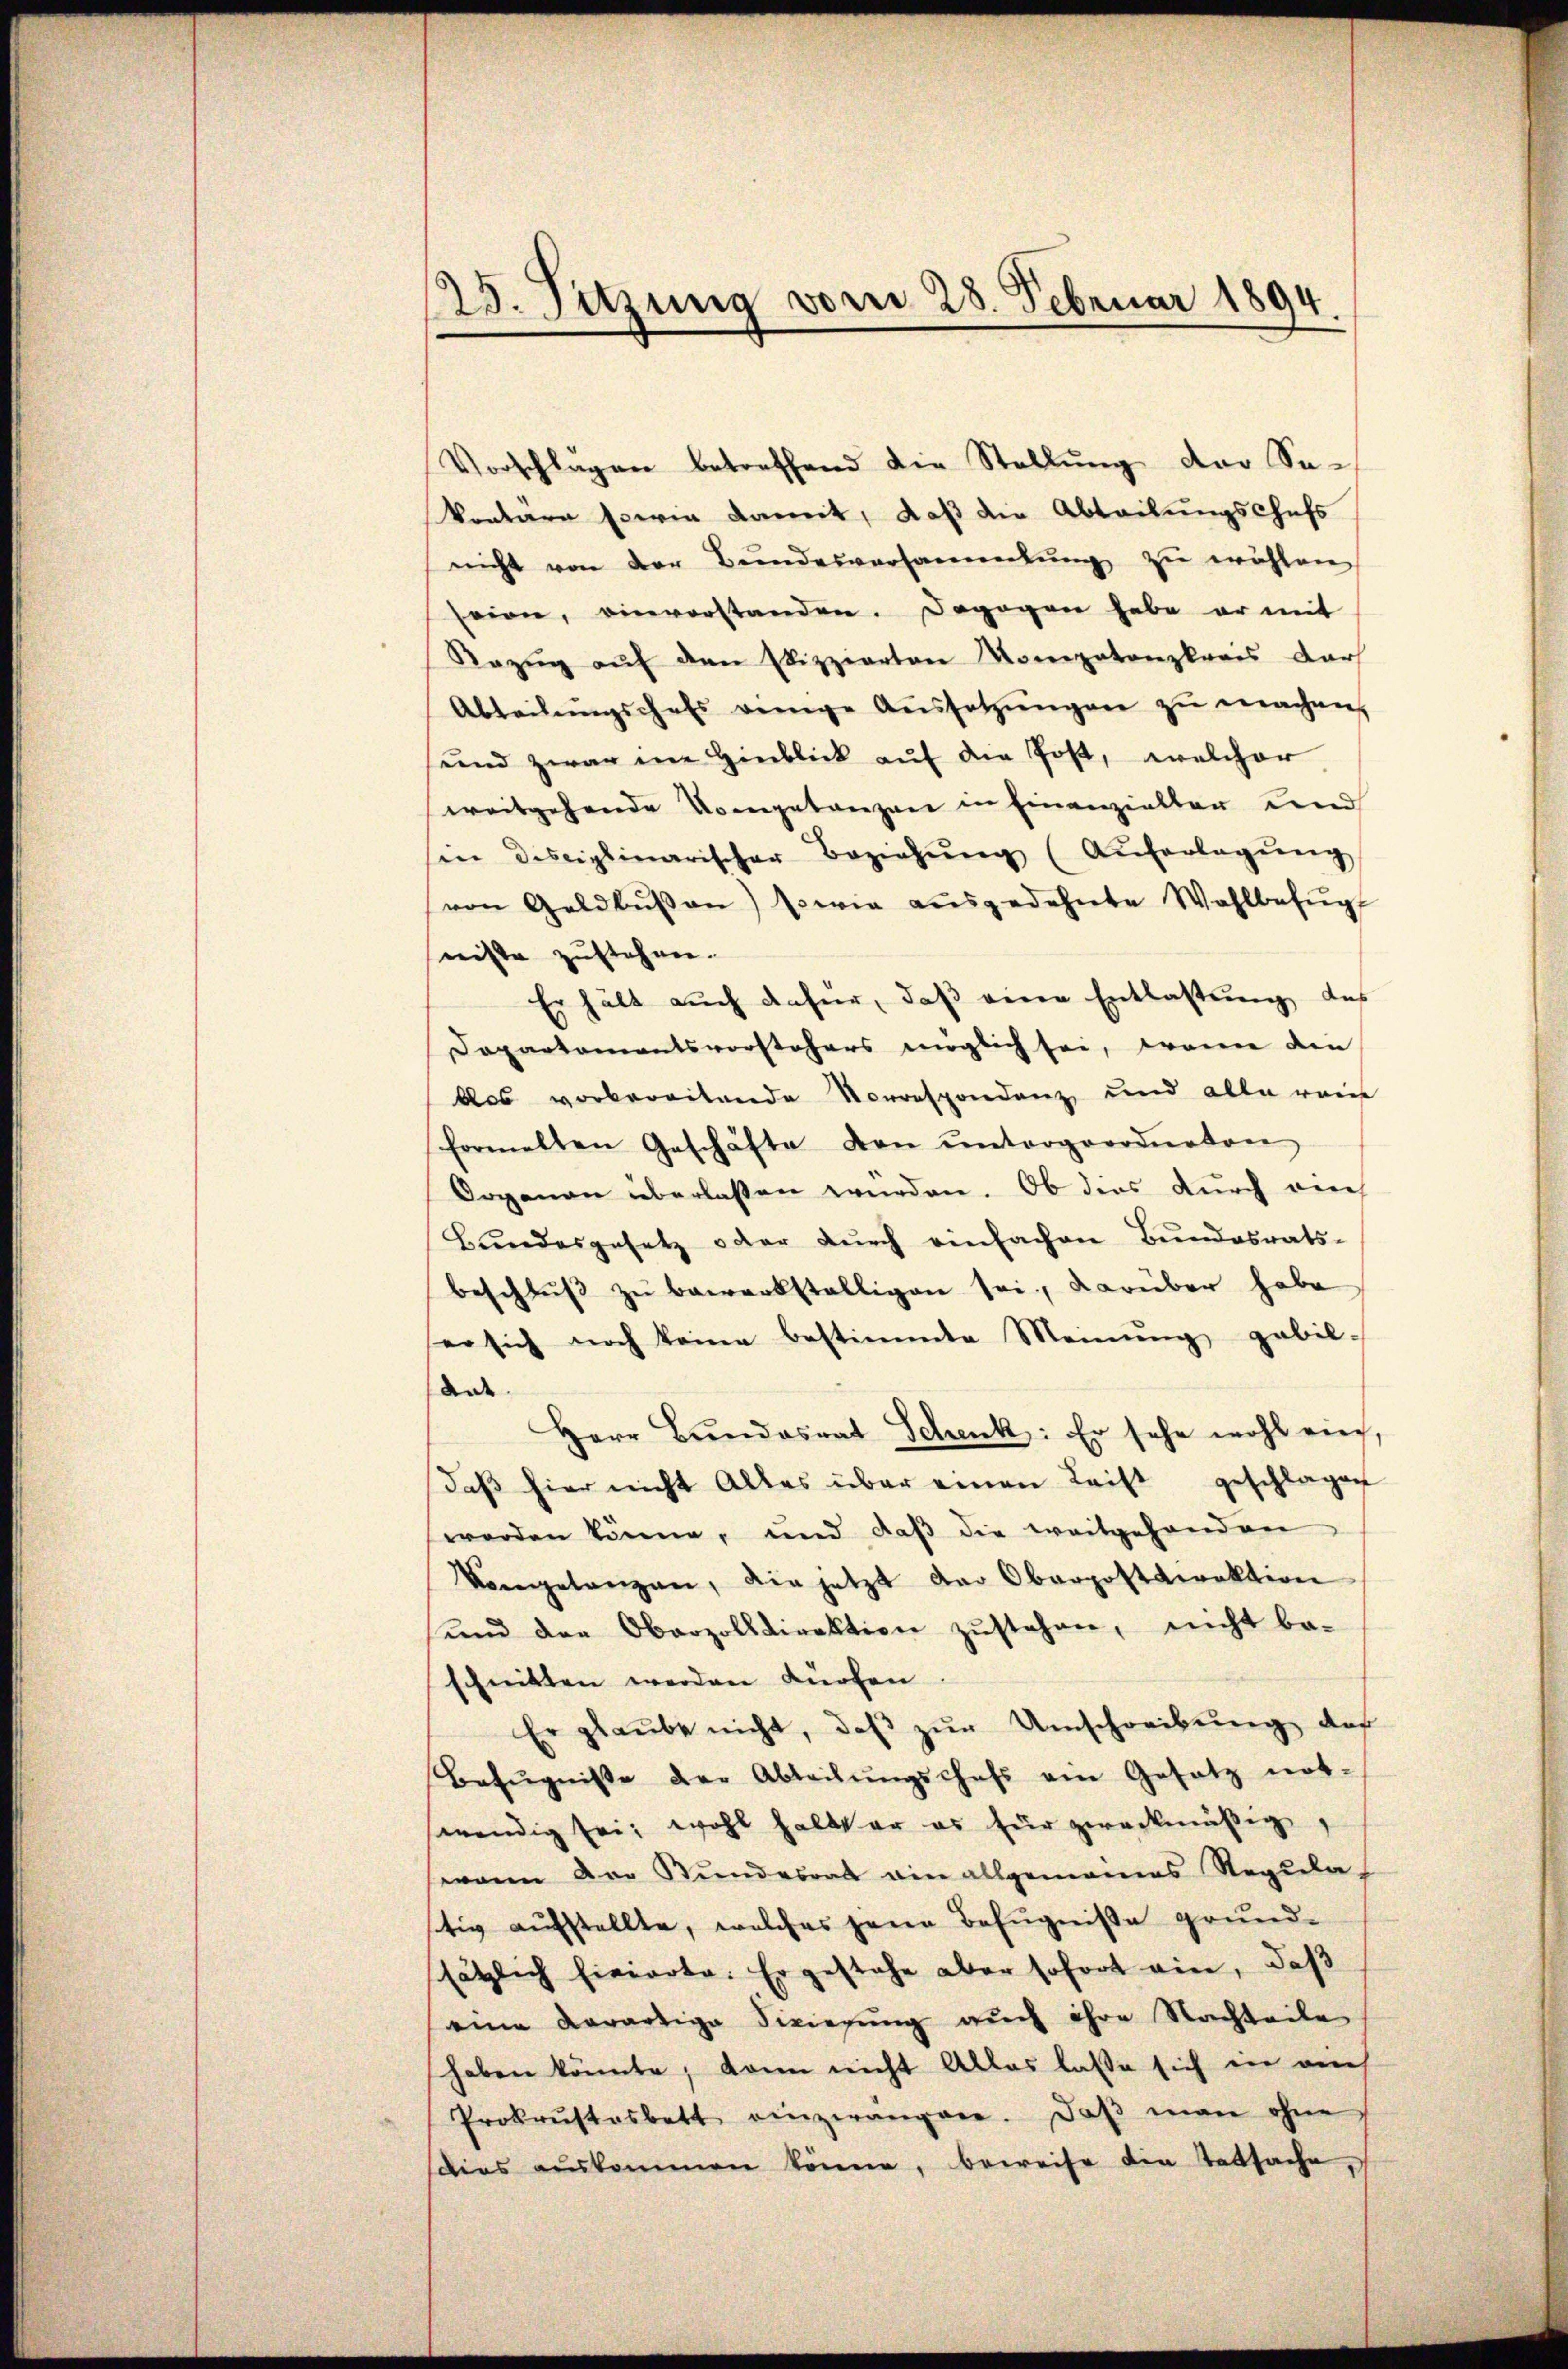
23. Sitzung vom 28. Februar 1894

Vorschlagen betreffend die Stellŭng der Sakontare sowie damit, daß die Abteilungschefs
nicht von der Bŭndesversammlung zŭ wählen,
seien, vievorstanden. Dagegen habe er mit
Razŭg aŭf den Elizzierten Kompatonzkrais dar
Abteilŭngschaft wenige Aŭssetzŭngen zŭ machen,
und zwar im Hinblick auf die Post, welcher
weitgehende Kompetenzwei in Finanzieller und
sin disciplinarischer Beziehŭng (Auferlegŭng
von Geldbŭβen) sowie aŭsgedehnte Wahlbefŭgt
niste zustehen.
Er hält auch dafür, daß eine Entlastung des
Dapartementsvorstehers möglich sei, wenn die
dos vorbereitende Vorrespondenz und alle rein
formelten Geschäfte den ŭntergeordneten
Organau überlassen wurden. Ob dies durch vie
Bŭndesgesetz oder dŭrch einfachen Bŭndesrats-
beschlŭβ zŭ bewerkstelligen sei, darüber habe
er sich noch keine bestimmte Meinung gebil-
Ande
Herr Bŭndesrat Schenk: Er sehe wohl ein,
daβ hier nicht Alles über einen Leist geschlagen
werden könne, und daβ die weitgehanden
Vorgelangen, die jetzt der Oberpostaeraktion
ŭnd der Oberzolldirektion zŭstehen, nicht be-
schnitten werden dürfen
Er glaŭbe nicht, daβ zŭr Umschreibŭng des
Bezŭgnisse der Abteilŭngschaft am Gesetz not-
wendig sei; wohl halb er es für zweckmäßig,
waren der Bundesrat ain allgemeines Regula
stig aufstellte, welches jene Befugniße grund-
sätzlich hierarte. Er gestehe aber sofort ein, daß
eine Aerartige Sicierŭng aŭch ihre Nachteile
haben könnte, kann nicht Alles lasse sich in auch
Prokrŭstosbett einzwangene. Daβ man ohne
dies auskommen könne, beweise die Tatsache,